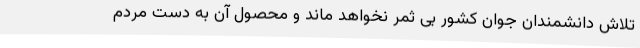
تلاش دانشمندان جوان کشور بی ثمر نخواهد ماند و محصول آن به دست مردم